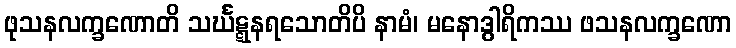
ဖုသနလက္ခဏောတိ သင်္ဃဋ္ဋနရသောတိပိ နာမံ၊ မနောဒွါရိကဿ ဖသနလက္ခဏော